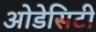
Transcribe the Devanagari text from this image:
ओडेसिटी